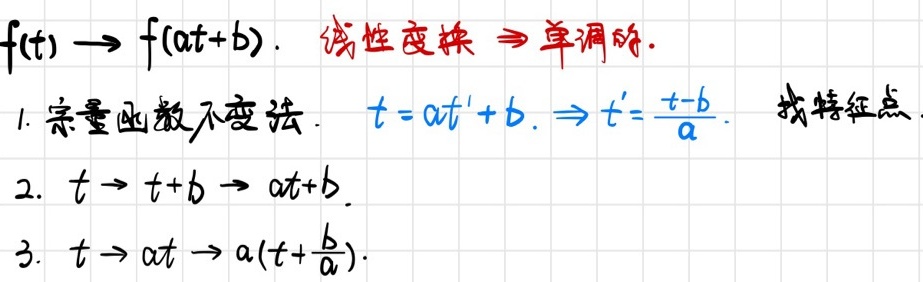
\[
\begin{align*}
&f(t)\to f(at + b).\ 线性变换\Rightarrow单调阶.\\
&1. 宗量函数不变法.\ t = at'+b.\Rightarrow t'=\frac{t - b}{a}.\ 找特征点.\\
&2.\ t\to t + b\to at + b.\\
&3.\ t\to at\to a(t+\frac{b}{a}).
\end{align*}
\]